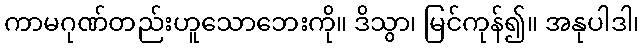
ကာမဂုဏ်တည်းဟူသောဘေးကို။ ဒိသွာ၊ မြင်ကုန်၍။ အနုပါဒါ၊